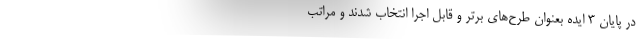
در پایان 3 ایده بعنوان طرح‌های برتر و قابل اجرا انتخاب شدند و مراتب